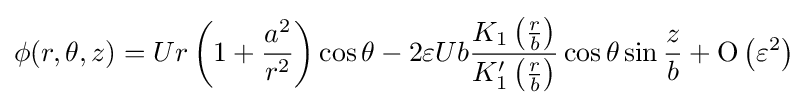
\phi (r,\theta ,z)=Ur\left(1+{\frac {a^{2}}{r^{2}}}\right)\cos \theta -2\varepsilon Ub{\frac {K_{1}\left({\frac {r}{b}}\right)}{K_{1}'\left({\frac {r}{b}}\right)}}\cos \theta \sin {\frac {z}{b}}+\mathrm {O} \left(\varepsilon ^{2}\right)